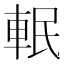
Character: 䡑